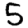
Digit: 5